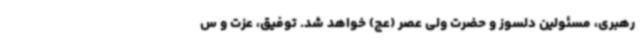
رهبری، مسئولین دلسوز و حضرت ولی عصر (عج) خواهد شد. توفیق، عزت و س